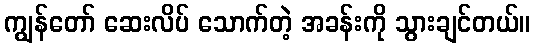
ကျွန်တော် ဆေးလိပ် သောက်တဲ့ အခန်းကို သွားချင်တယ်။